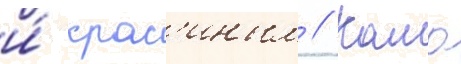
и́ крас'иным // Камо